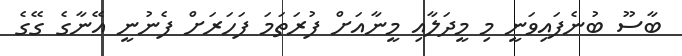
ބާސޫ ބުނެފައިވަނީ މި މީދަލާއި މީނާއަށް ފުރަތަމަ ފަހަރަށް ފެނުނީ އޭނާގެ ގޭގެ